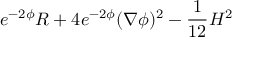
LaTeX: e ^ { - 2 \phi } R + 4 e ^ { - 2 \phi } ( \nabla \phi ) ^ { 2 } - { \frac { 1 } { 1 2 } } H ^ { 2 }